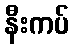
နီးကပ်